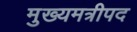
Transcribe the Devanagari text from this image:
मुख्यमत्रीपद